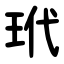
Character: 玳